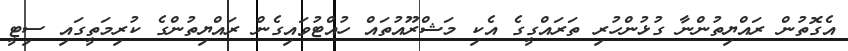
އެގޮތުން ރައްޔިތުންނާ ގުޅުންހުރި ތަރައްގީގެ އެކި މަޝްރޫއުތައް ހުއްޓުވައިގެން ރައްޔިތުންގެ ކުރިމަތީގައި ސިޓީ